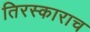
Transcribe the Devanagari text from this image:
तिरस्काराच